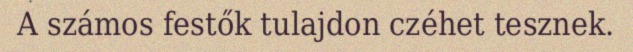
A számos festők tulajdon czéhet tesznek.